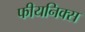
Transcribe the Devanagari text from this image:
फीयनिक्स